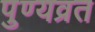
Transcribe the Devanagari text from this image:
पुण्यव्रत